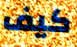
كيف